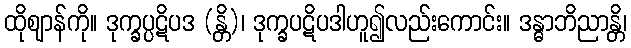
ထိုဈာန်ကို။ ဒုက္ခပ္ပဋိပဒ (န္တိ)၊ ဒုက္ခပဋိပဒါဟူ၍လည်းကောင်း။ ဒန္ဓာဘိညာန္တိ၊